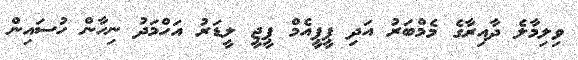
ވިލިމާލެ ދާއިރާގެ މެމްބަރު އަދި ޕީޕީއެމް ޕީޖީ ލީޑަރު އަހްމަދު ނިހާން ހުސައިން